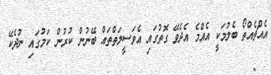
އެއްޗެއްތޯ ބެލުމަކީ އެއްމެ އެދެވޭ ގޮތުގައި އެވަސީލަތްތައް ބޭނުން ކުރުން ކަމުގައި ނުދެކޭ